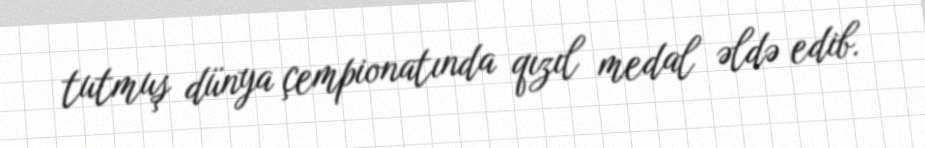
tutmuş dünya çempionatında qızıl medal əldə edib.